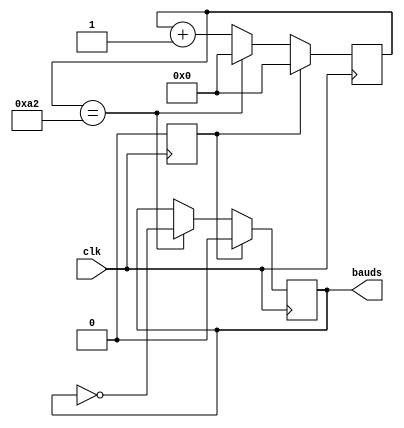
`timescale 1ns / 1ps
//////////////////////////////////////////////////////////////////////////////////
// Company: 
// Engineer: 
// 
// Design Name: 
// Module Name:    baud_gen 
// Project Name: 
// Target Devices: 
// Tool versions: 
// Description: 
//
// Dependencies: 
//
// Revision: 
// Revision 0.01 - File Created
// Additional Comments: 
//
//////////////////////////////////////////////////////////////////////////////////
module baud_gen
#(
	parameter BAUD_RATE=9600,
	parameter CLOCK=50000000
)
(
	input clk,
	output reg bauds
);
	 
localparam CONTADOR_ESPERA=CLOCK/(BAUD_RATE*16*2);//medio ciclo de espera

reg [9:0] contador;
reg init = 1;

always @(posedge clk)
begin
	if(init == 1)
	begin
		bauds<=1'd0;
		contador<=10'd0;
		init <= 0;
	end
	else
	begin	
		if(contador==CONTADOR_ESPERA)
		begin
			bauds<=~bauds;
			contador<=10'd0;
		end
		else
			contador<=contador+1'b1;
	end
end

endmodule